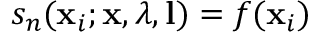
s _ { n } ( \mathbf { x } _ { i } ; \mathbf { x } , \boldsymbol { \lambda } , \mathbf { l } ) = f ( \mathbf { x } _ { i } )